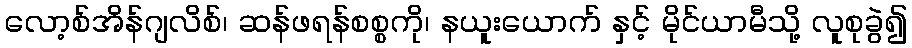
လော့စ်အိန်ဂျလိစ်၊ ဆန်ဖရန်စစ္စကို၊ နယူးယောက် နှင့် မိုင်ယာမီသို့ လူစုခွဲ၍